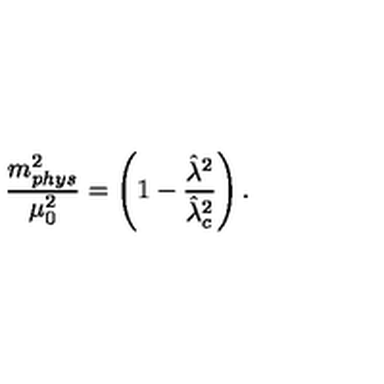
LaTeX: \frac { m _ { p h y s } ^ { 2 } } { \mu _ { 0 } ^ { 2 } } = \left( 1 - \frac { { { \hat { \lambda } ^ { 2 } } } } { { { \hat { \lambda } } _ { c } ^ { 2 } } } \right) .